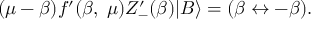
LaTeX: ( \mu - \beta ) f ^ { \prime } ( \beta , \; \mu ) Z _ { - } ^ { \prime } ( \beta ) | B \rangle = ( \beta \leftrightarrow - \beta ) .